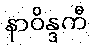
နာဝိန္ဒကီ